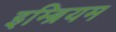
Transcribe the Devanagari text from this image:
इम्ब्रियम